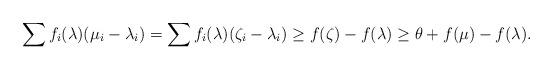
LaTeX: \begin{align*} \sum f_i (\lambda) (\mu_i - \lambda_i) = \sum f_i (\lambda) (\zeta_i - \lambda_i) \geq f (\zeta) - f (\lambda) \geq \theta + f(\mu) - f (\lambda). \end{align*}